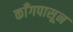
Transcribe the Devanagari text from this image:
काँगपासून